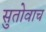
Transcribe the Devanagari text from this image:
सुतोवाच